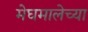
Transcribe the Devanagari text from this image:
मेघमालेच्या